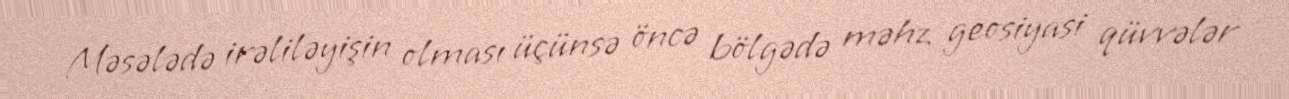
Məsələdə irəliləyişin olması üçünsə öncə bölgədə məhz geosiyasi qüvvələr